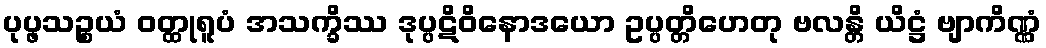
ပုပ္ဖသဉ္စယံ ဝတ္ထုရူပံ အသက္ခိဿ ဒုပ္ပဋိဝိနောဒယော ဥပ္ပတ္တိဟေတု ဗလန္တိ ယိဋ္ဌံ ဗျာကိဏ္ဏံ